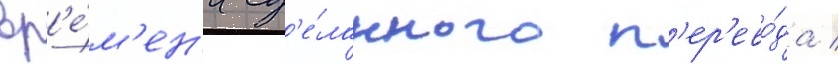
вр'е́м'ен'и сд'е́ланного п'ер'ево́да /